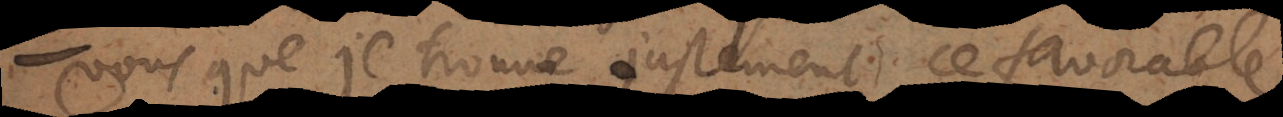
vous que je trouve justement ce favorable